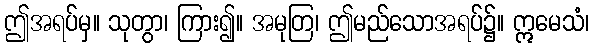
ဤအရပ်မှ။ သုတွာ၊ ကြား၍။ အမုတြ၊ ဤမည်သောအရပ်၌။ ဣမေသံ၊